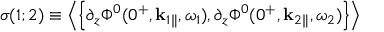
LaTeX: \sigma ( 1 ; 2 ) \equiv \left\langle \left\{ \partial _ { z } \Phi ^ { 0 } ( 0 ^ { + } , { \bf k } _ { 1 } { } _ { \| } , \omega _ { 1 } ) , \partial _ { z } \Phi ^ { 0 } ( 0 ^ { + } , { \bf k } _ { 2 } { } _ { \| } , \omega _ { 2 } ) \right\} \right\rangle